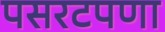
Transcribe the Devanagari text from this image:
पसरटपणा